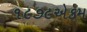
૧૯૭૯એકમ